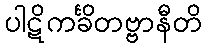
ပါဋိကင်္ခိတဗ္ဗာနီတိ